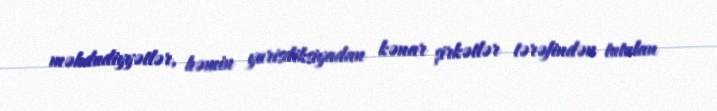
məhdudiyyətlər, həmin yurisdiksiyadan kənar şirkətlər tərəfindən tutulan